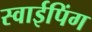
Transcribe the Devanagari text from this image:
स्वाईपिंग